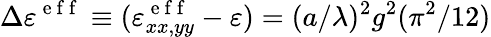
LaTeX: \Delta\varepsilon^{\mathrm{~e~f~f~}}\equiv(\varepsilon_{xx,yy}^{\mathrm{~e~f~f~}}-\varepsilon)=(a/\lambda)^{2}g^{2}(\pi^{2}/12)